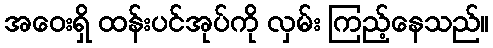
အဝေးရှိ ထန်းပင်အုပ်ကို လှမ်း ကြည့်နေသည်။